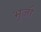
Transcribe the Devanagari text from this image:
भुजौ